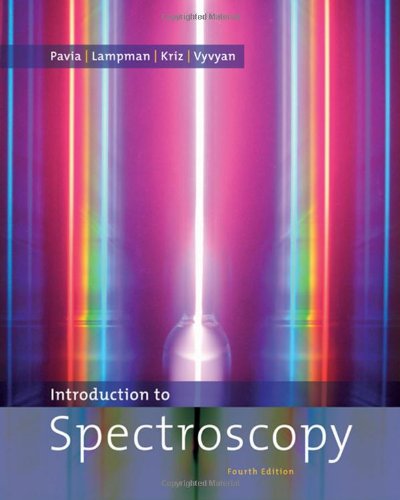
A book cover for Introduction to Spectroscopy; Donald L. Pavia; Science & Math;